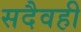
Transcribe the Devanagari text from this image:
सदैवही